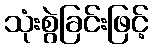
သုံးစွဲခြင်းဖြင့်